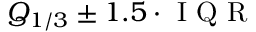
Q _ { 1 / 3 } \pm 1 . 5 \cdot \mathrm { ~ I ~ Q ~ R ~ }